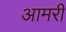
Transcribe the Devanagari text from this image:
आमरी